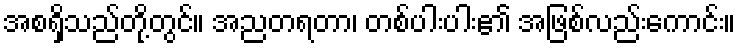
အစရှိသည်တို့တွင်။ အညတရတာ၊ တစ်ပါးပါး၏ အဖြစ်လည်းကောင်း။